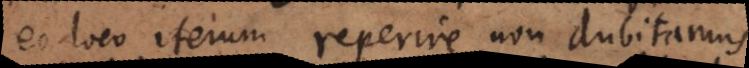
eo loco iterum reperire non dubitamus,